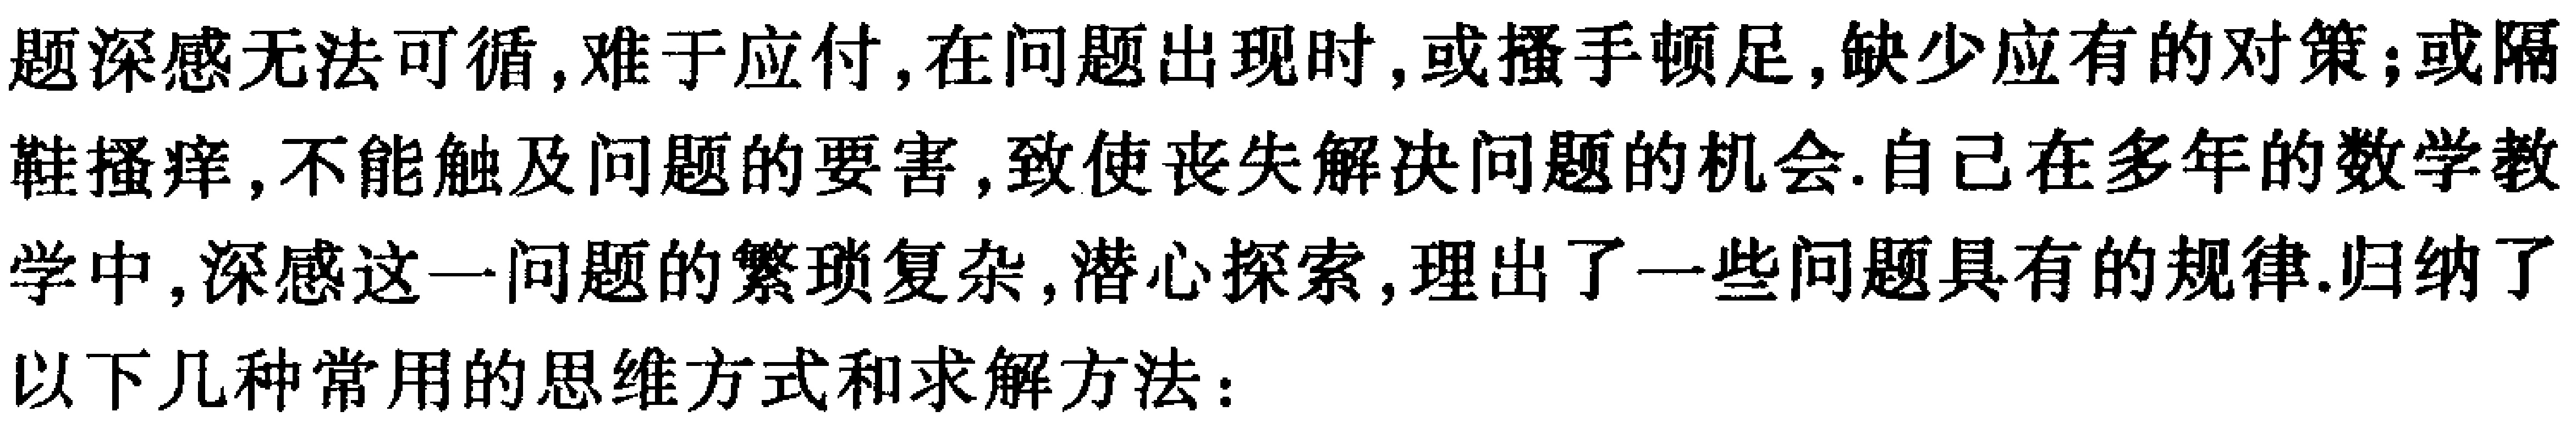
题深感无法可循,难于应付,在问题出现时,或搔手顿足,缺少应有的对策;或隔鞋搔痒,不能触及问题的要害,致使丧失解决问题的机会.自己在多年的数学教学中,深感这一问题的繁琐复杂,潜心探索,理出了一些问题具有的规律,归纳了以下几种常用的思维方式和求解方法：